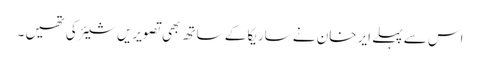
اس سے پہلے ایر خان نے ساریکا کے ساتھ بھی تصویریں شیئر کی تھیں ۔